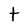
Character: t